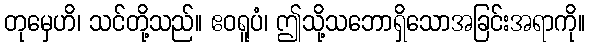
တုမှေဟိ၊ သင်တို့သည်။ ဧဝရူပံ၊ ဤသို့သဘောရှိသောအခြင်းအရာကို။